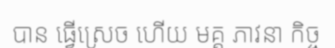
បាន ធ្វើស្រេច ហើយ មគ្គ ភាវនា កិច្ច